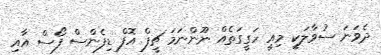
ދެވަނަ ސުވާލަކީ މިއީ ހަގީގަތެއް ނޫންނަމަ ޗީފް އޮފް ޑިފެންސް ފޯސް އާއި